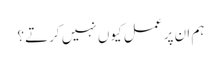
ہم ان پر عمل کیوں نہیں کرتے؟